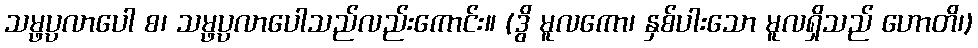
သမ္ဖပ္ပလာပေါ စ၊ သမ္ဖပ္ပလာပေါသည်လည်းကောင်း။ (ဒွိ မူလကော၊ နှစ်ပါးသော မူလရှိသည် ဟောတိ၊)